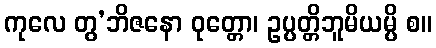
ကုလေ တွ’ဘိဇနော ဝုတ္တော၊ ဥပ္ပတ္တိဘူမိယမ္ပိ စ။